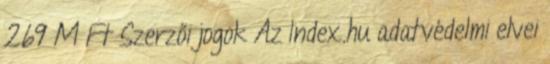
269 M Ft Szerzői jogok Az Index.hu adatvédelmi elvei